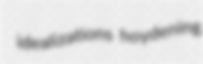
idealizations hoydening